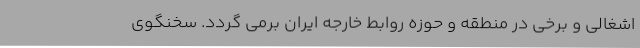
اشغالی و برخی در منطقه و حوزه روابط خارجه ایران برمی گردد. سخنگوی